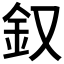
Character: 𨥁